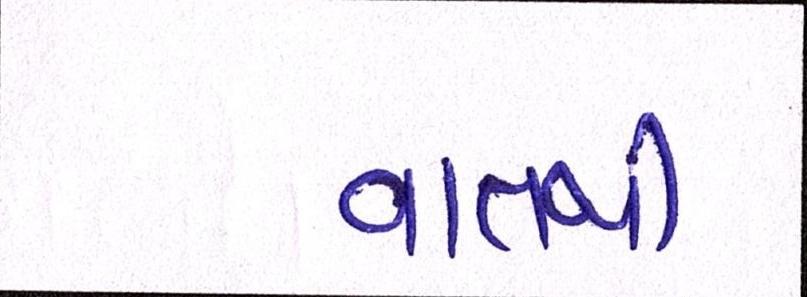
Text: વાતથી